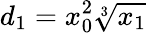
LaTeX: d_{1}=x_{0}^{2}\sqrt[3]{x_{1}}